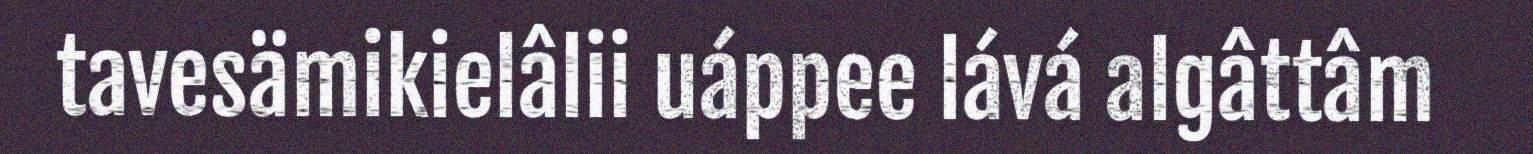
tavesämikielâlii uáppee lává algâttâm